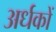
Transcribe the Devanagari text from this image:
अर्धकों